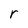
Character: r